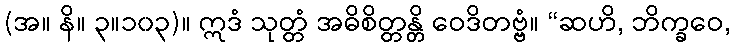
(အ။ နိ။ ၃။၁၀၃)။ ဣဒံ သုတ္တံ အဓိစိတ္တန္တိ ဝေဒိတဗ္ဗံ။ “ဆဟိ, ဘိက္ခဝေ,